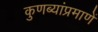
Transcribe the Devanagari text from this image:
कुणब्यांप्रमाणें